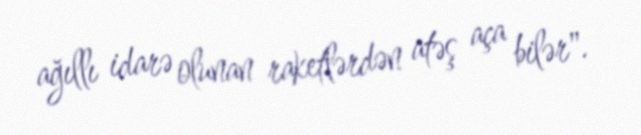
ağıllı idarə olunan raketlərdən atəş aça bilər".